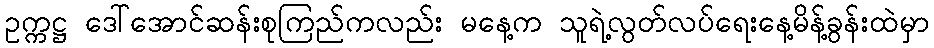
ဥက္ကဋ္ဌ ဒေါ်အောင်ဆန်းစုကြည်ကလည်း မနေ့က သူရဲ့လွတ်လပ်ရေးနေ့မိန့်ခွန်းထဲမှာ